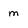
Character: m